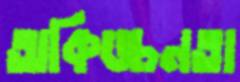
অকিঙ্চনতা